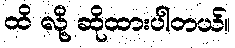
ထိ လို့ ဆိုထားပါတယ်။